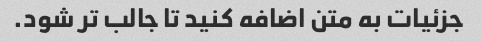
جزئیات به متن اضافه کنید تا جالب تر شود.